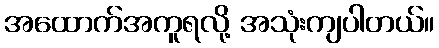
အထောက်အကူရလို့ အသုံးကျပါတယ်။